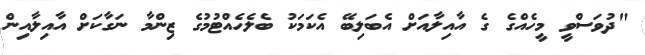
"ދުވަސްވީ މީހެއްގެ ގެ އާއިލާއަށް އެބަލިބޭ އެކަމަކު ބެލެހެއްޓުމުގެ ޒިންމާ ނަގާކަށް އާއިލާއިން